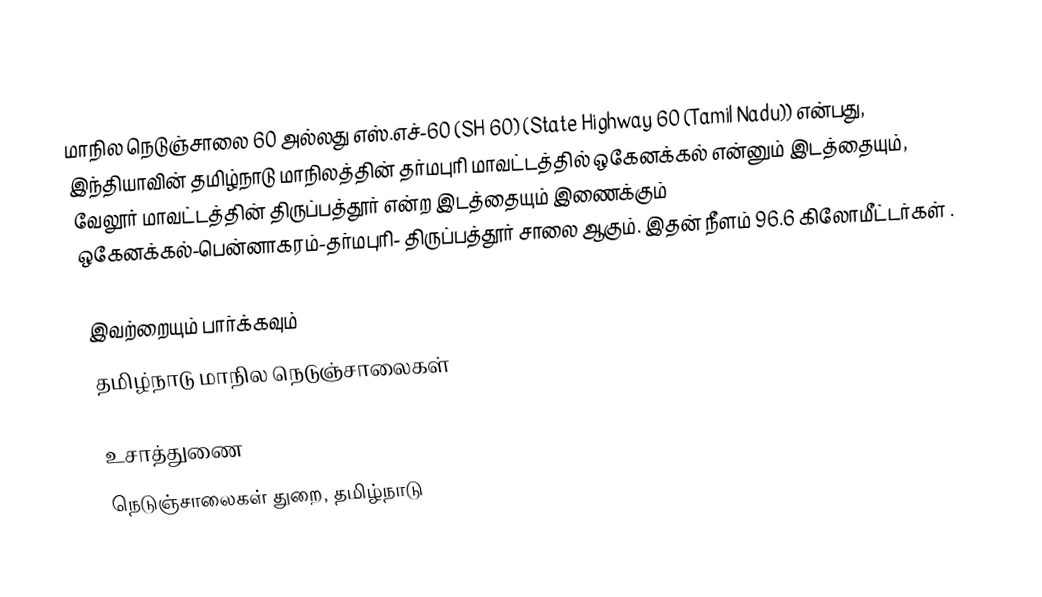
மாநில நெடுஞ்சாலை 60 அல்லது எஸ்.எச்-60 (SH 60) (State Highway 60 (Tamil Nadu)) என்பது, இந்தியாவின் தமிழ்நாடு மாநிலத்தின் தர்மபுரி மாவட்டத்தில் ஒகேனக்கல் என்னும் இடத்தையும், வேலூர் மாவட்டத்தின் திருப்பத்தூர் என்ற இடத்தையும் இணைக்கும் ஒகேனக்கல்-பென்னாகரம்-தர்மபுரி- திருப்பத்தூர் சாலை ஆகும். இதன் நீளம் 96.6 கிலோமீட்டர்கள் .

இவற்றையும் பார்க்கவும்
 தமிழ்நாடு மாநில நெடுஞ்சாலைகள்

உசாத்துணை
 நெடுஞ்சாலைகள் துறை, தமிழ்நாடு